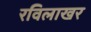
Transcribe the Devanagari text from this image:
रविलाखर